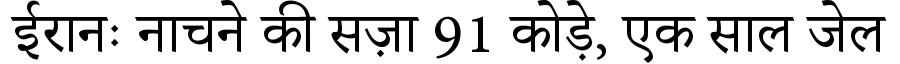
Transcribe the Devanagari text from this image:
ईरानः नाचने की सज़ा 91 कोड़े, एक साल जेल